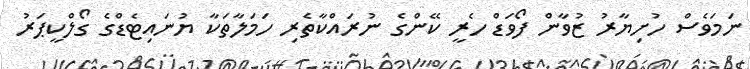
ނަމަވެސް ހުށިޔާރު ޒުވާން ފޯވަޑް ހެރީ ކޭންގެ ނުރައްކާތެރި ހަމަލާތަކާ ޔުނައިޓެޑްގެ ގޯލްކީޕަރު